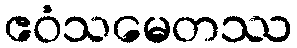
ဧဝံသမေတဿ